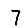
Digit: 7